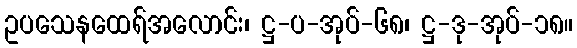
ဥပသေနထေရ်အလောင်း၊ ဋ္ဌ-ပ-အုပ်-၆၈၊ ဋ္ဌ-ဒု-အုပ်-၁၈။